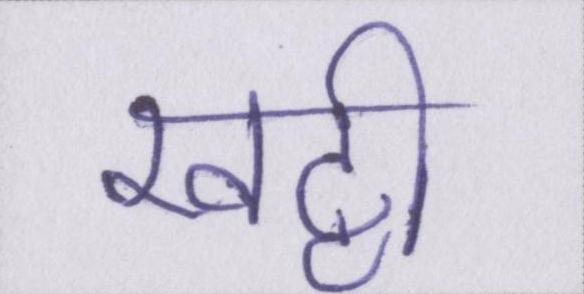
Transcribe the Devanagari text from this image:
खट्टी